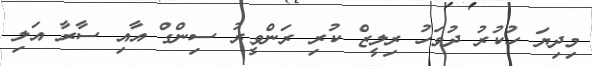
މިދިޔަ ހުކުރު ދުވަހު ރިލީޒް ކުރި ރަންވީރު ސިންގް އާއި ސާރާ އަލި